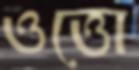
ওত্তো